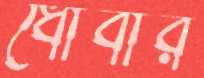
ধোবার